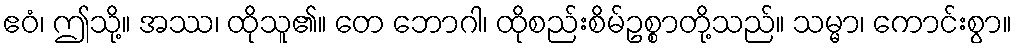
ဧဝံ၊ ဤသို့။ အဿ၊ ထိုသူ၏။ တေ ဘောဂါ၊ ထိုစည်းစိမ်ဥစ္စာတို့သည်။ သမ္မာ၊ ကောင်းစွာ။